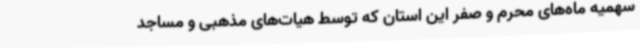
سهمیه ماه‌های محرم و صفر این استان که توسط هیات‌های مذهبی و مساجد